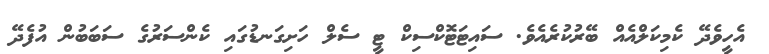
އެހީވެދޭ ކެމިކަލްއެއް ބޭރުކުރެއެވެ. ސައިޓަޓޮކްސިކް ޓީ ސެލް ހަށިގަނޑުގައި ކެންސަރުގެ ސަބަބުން އުފެދޭ